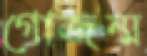
গোজন্ম